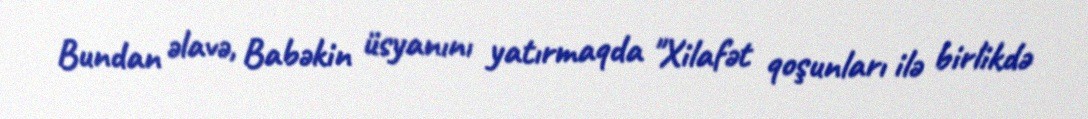
Bundan əlavə, Babəkin üsyanını yatırmaqda "Xilafət qoşunları ilə birlikdə